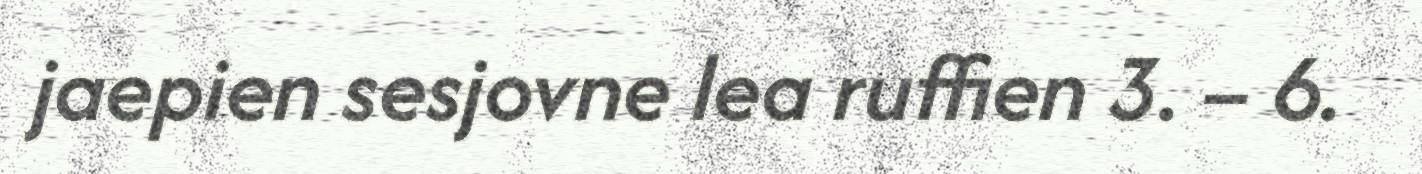
jaepien sesjovne lea ruffien 3. – 6.